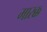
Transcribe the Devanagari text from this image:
मारक्क